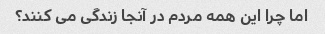
اما چرا این همه مردم در آنجا زندگی می کنند؟